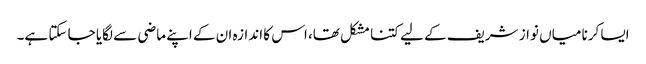
ایسا کرنا میاں نواز شریف کے لیے کتنا مشکل تھا، اس کا اندازہ ان کے اپنے ماضی سے لگایا جا سکتا ہے۔